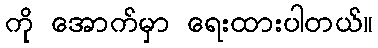
ကို အောက်မှာ ရေးထားပါတယ်။